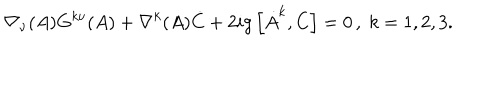
\nabla _ { \nu } ( A ) G ^ { k \nu } ( A ) + \nabla ^ { k } ( A ) \dot { C } + 2 i g \left[ \dot { A } ^ { k } , C \right] = 0 \, , \; k = 1 , 2 , 3 .